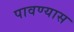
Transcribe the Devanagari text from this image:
पावण्यास